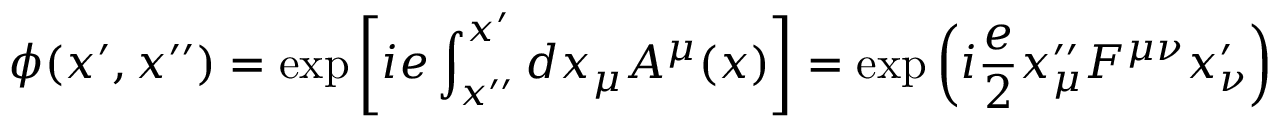
\phi ( x ^ { \prime } , x ^ { \prime \prime } ) = \exp \left[ i e \int _ { x ^ { \prime \prime } } ^ { x ^ { \prime } } d x _ { \mu } A ^ { \mu } ( x ) \right] = \exp \left( i { \frac { e } { 2 } } x _ { \mu } ^ { \prime \prime } F ^ { \mu \nu } x _ { \nu } ^ { \prime } \right)